Lunatic asylums Madras 1892-1911 - 1892-1911
Year: 1892
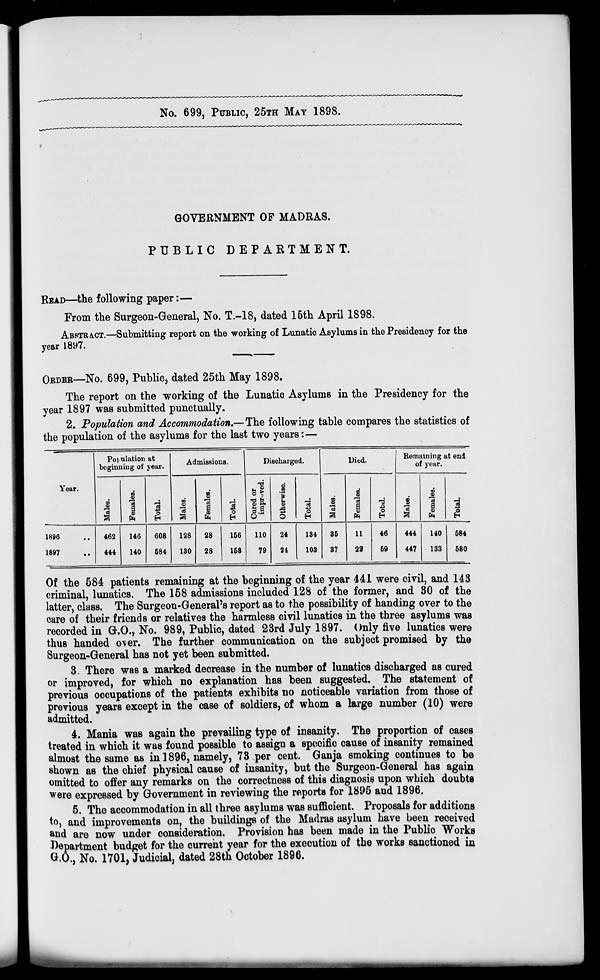
No. 699, PUBLIC, 25TH MAY 1898.
GOVERNMENT OF MADRAS.
PUBLIC DEPARTMENT.
READ—the following paper:—
From the Surgeon-General, No. T.-18, dated 16th April 1898.
ABSTRACT.—Submitting report on the working of Lunatic Asylums in the Presidency for the
year 1897.
ORDER—No. 699, Public, dated 25th May 1898.
The report on the working of the Lunatic Asylums in the Presidency for the
year 1897 was submitted punctually.
2. Population and Accommodation,— The following table compares the statistics of
the population of the asylums for the last two years:—
Population at
beginning of year.
Admissions.
Discharged.
Died.
Remaining at end
of year.
Year.
8
00*
B
si d
00
i
00
8
■
Males
9
ft
3 o
H
00
'cB
a
EM
3 o
Cured
impr
33
0
o
H
oo
B
n
3
cd
a 9
3
00*
S
"3
a
B
1*
3*
1896
462
146
608
128
28
156
110
24
134
36
n
46
444
140
584
1897
444
140
684
130
28
158
79
21
103
37
22
69
447
133
580
Of the 584 patients remaining at the beginning of the year 441 were civil, and 143
criminal, lunatics. The 158 admissions included 128 of the former, and 30 of the
latter, class. The Surgeon-General's report as to the possibility of handing over to the
care of their friends or relatives the harmless civil lunatics in the three asylums was
recorded in G.O., No. 989, Public, dated 23rd July 1897. Only five lunatics were
thus handed over. The further communication on the subject promised by the
Surgeon-General has not yet been submitted.
3. There was a marked decrease in the number of lunatics discharged as cured
or improved, for which no explanation has been suggested. The statement of
previous occupations of the patients exhibits no noticeable variation from those of
previous years except in the case of soldiers, of whom a large number (10) were
admitted.
4. Mania was again the prevailing type of insanity. The proportion of cases
treated in which it was found possible to assign a specific cause of insanity remained
almost the same as in 1896, namely, 73 per cent. Ganja smoking continues to be
shown as the chief physical cause of insanity, but the Surgeon-General has again
omitted to offer any remarks on the correctness of this diagnosis upon which doubts
were expressed by Government in reviewing the reports for 1895 and 1896.
5. The accommodation in all three asylums was sufficient. Proposals for additions
to, and improvements on, the buildings of the Madras asylum have been received
and are now under consideration. Provision has been made in the Public Works
Department budget for the current year for the execution of the works sanctioned in
G.O., No. 1701, Judicial, dated 28th October 1896.